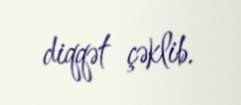
diqqət çəklib.